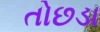
તોછડા